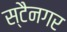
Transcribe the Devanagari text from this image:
स्टैनगर